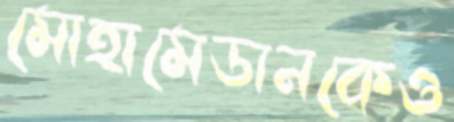
মোহামেডানকেও